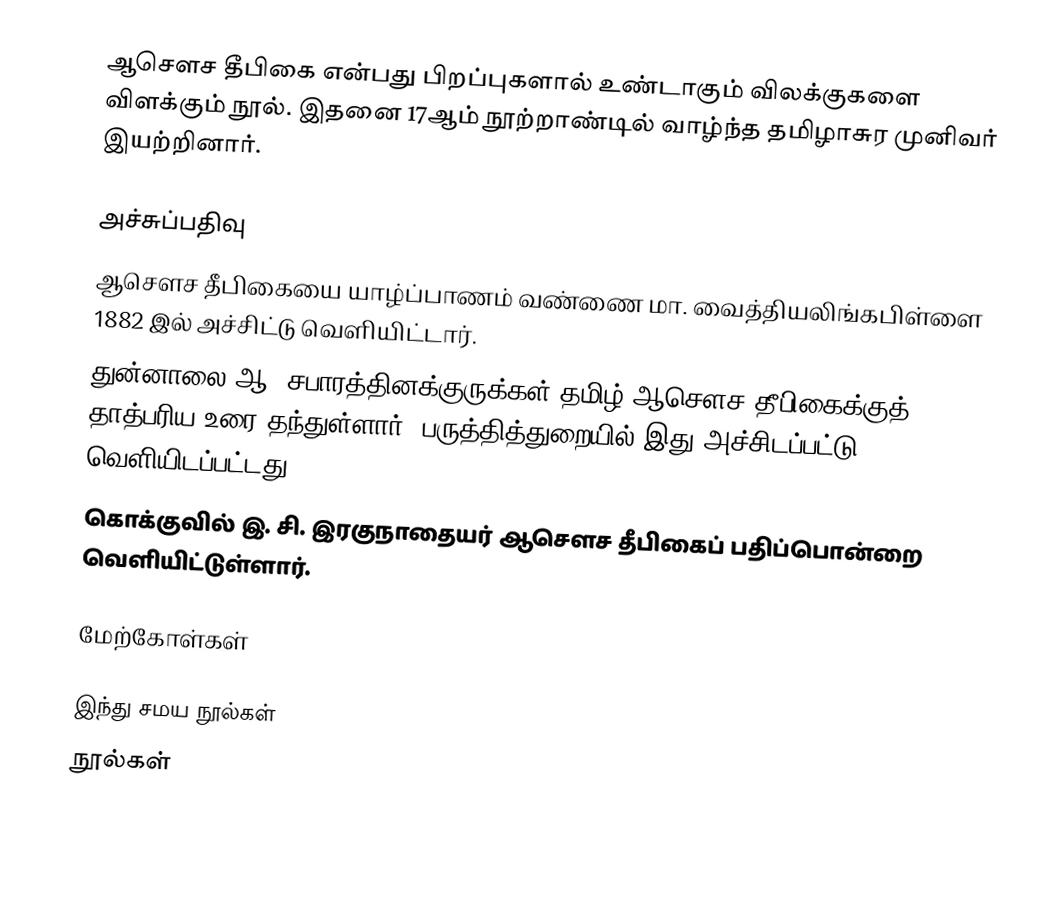
ஆசௌச தீபிகை என்பது பிறப்புகளால் உண்டாகும் விலக்குகளை விளக்கும் நூல். இதனை 17ஆம் நூற்றாண்டில் வாழ்ந்த தமிழாசுர முனிவர் இயற்றினார்.

அச்சுப்பதிவு
 ஆசௌச தீபிகையை யாழ்ப்பாணம் வண்ணை மா. வைத்தியலிங்கபிள்ளை 1882 இல் அச்சிட்டு வெளியிட்டார்.
 துன்னாலை ஆ. சபாரத்தினக்குருக்கள் தமிழ் ஆசௌச தீபிகைக்குத் தாத்பரிய உரை தந்துள்ளார். பருத்தித்துறையில் இது அச்சிடப்பட்டு வெளியிடப்பட்டது.
 கொக்குவில் இ. சி. இரகுநாதையர் ஆசௌச தீபிகைப் பதிப்பொன்றை வெளியிட்டுள்ளார்.

மேற்கோள்கள்

இந்து சமய நூல்கள்
நூல்கள்